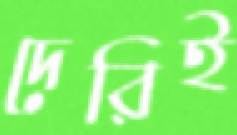
দেরিই